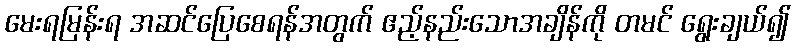
မေးရမြန်းရ အဆင်ပြေစေရန်အတွက် ဧည့်နည်းသောအချိန်ကို တမင် ရွေးချယ်၍